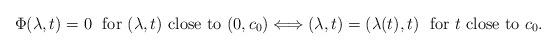
LaTeX: \begin{align*}\Phi (\lambda, t) = 0 \ \ \mbox{for $(\lambda, t)$ close to $(0,c_0)$} \Longleftrightarrow (\lambda, t) = (\lambda (t), t) \ \ \mbox{for $t$ close to $c_0$}.\end{align*}